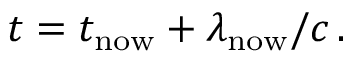
t = t _ { \mathrm { n o w } } + \lambda _ { \mathrm { n o w } } / c \, .